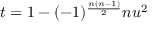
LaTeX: t = 1 - ( - 1 ) ^ { \frac { n ( n - 1 ) } { 2 } } n u ^ { 2 }